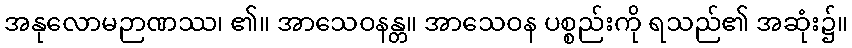
အနုလောမဉာဏဿ၊ ၏။ အာသေဝနန္တ။ အာသေဝန ပစ္စည်းကို ရသည်၏ အဆုံး၌။